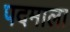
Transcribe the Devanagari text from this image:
पदमाला